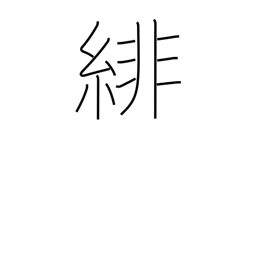
Meaning: cardinal